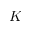
K